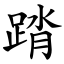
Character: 䠌